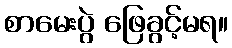
စာမေးပွဲ ဖြေခွင့်မရ။